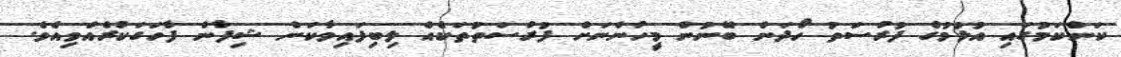
ކަންކަމުގައި އުޅުމުގެ ފުރުސަތު ހޯދަން ބޭނުން މީހުންނަށް ފުރުސަތުތަކެއް ލިބިފައިވާކަން ޝިފާން ފާހަގަކުރެއްވިއެވެ.